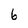
Character: 6